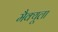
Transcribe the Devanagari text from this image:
मैक्‍यूला